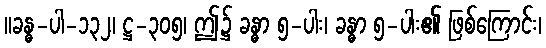
။ခန္ဓ-ပါ-၁၃၂၊ ဋ္ဌ-၃၀၅၊ ဤ၌ ခန္ဓာ ၅-ပါး၊ ခန္ဓာ ၅-ပါး၏ ဖြစ်ကြောင်း၊